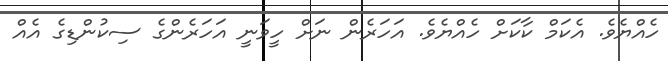
ހެއްޔެވެ. އެކަމް ކާކަށް ހެއްޔެވެ. އަހަރެން ނަށް ހީވަނީ އަހަރެންގެ ސިކުންޑިގެ އެއް